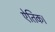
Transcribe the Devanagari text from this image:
ऐतिक।